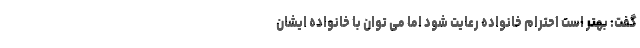
گفت: بهتر است احترام خانواده رعایت شود اما می توان با خانواده ایشان